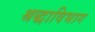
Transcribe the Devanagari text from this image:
श्रद्धाविभाग